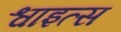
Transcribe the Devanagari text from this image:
श्वाइत्स